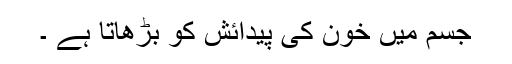
جسم میں خون کی پیدائش کو بڑھاتا ہے ۔